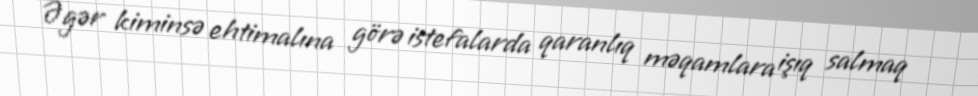
Əgər kiminsə ehtimalına görə istefalarda qaranlıq məqamlara işıq salmaq